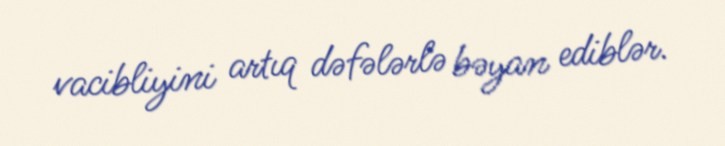
vacibliyini artıq dəfələrlə bəyan ediblər.